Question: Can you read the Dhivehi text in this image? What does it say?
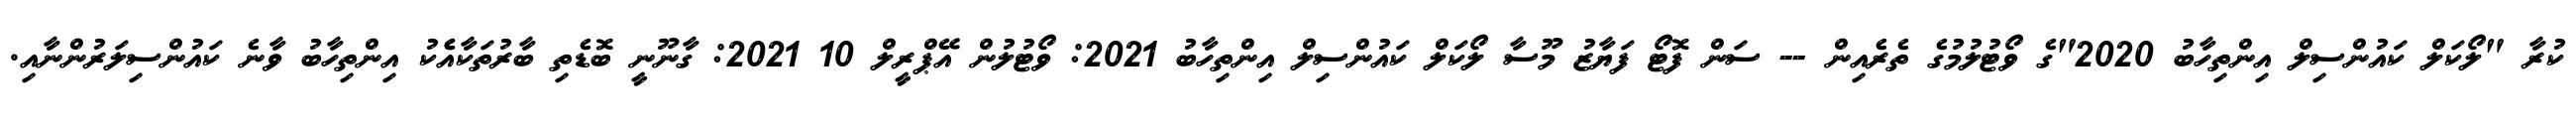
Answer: ކުރާ "ލޯކަލް ކައުންސިލް އިންތިހާބު 2020"ގެ ވޯޓުލުމުގެ ތެރެއިން -- ސަން ފޮޓޯ ފަޔާޒު މޫސާ ލޯކަލް ކައުންސިލް އިންތިހާބު 2021: ވޯޓުލުން އޭޕްރީލް 10 2021: ގާނޫނީ ބޮޑެތި ބާރުތަކާއެެކު އިންތިހާބު ވާނެ ކައުންސިލަރުންނާއި.